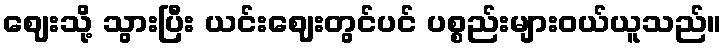
ဈေးသို့ သွားပြီး ယင်းဈေးတွင်ပင် ပစ္စည်းများဝယ်ယူသည်။